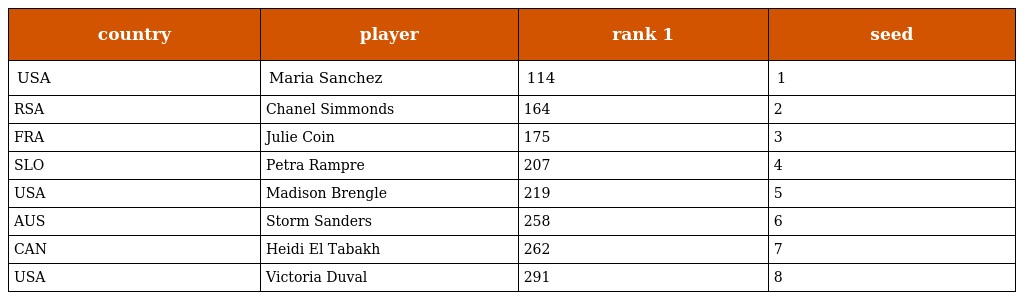
| country | player | rank 1 | seed |
 | --- | --- | --- | --- |
 | USA | Maria Sanchez | 114 | 1 |
 | RSA | Chanel Simmonds | 164 | 2 |
 | FRA | Julie Coin | 175 | 3 |
 | SLO | Petra Rampre | 207 | 4 |
 | USA | Madison Brengle | 219 | 5 |
 | AUS | Storm Sanders | 258 | 6 |
 | CAN | Heidi El Tabakh | 262 | 7 |
 | USA | Victoria Duval | 291 | 8 |